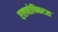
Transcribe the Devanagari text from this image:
एलबोपिकटस